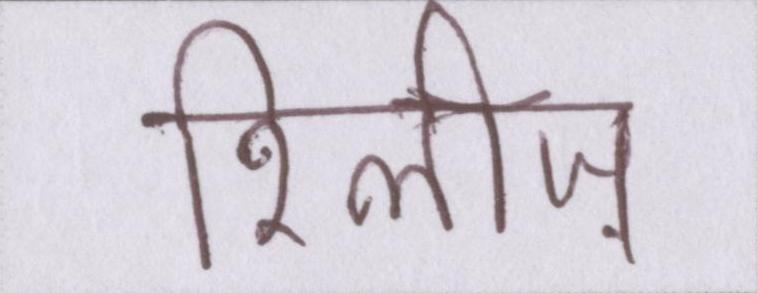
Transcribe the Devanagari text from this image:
रिलीज़